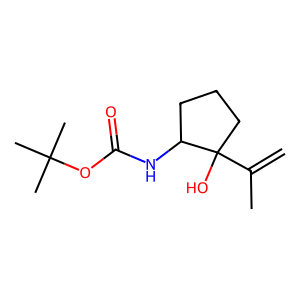
SMILES: C=C(C)C1(O)CCCC1NC(=O)OC(C)(C)C
Inhibits HIV replication: No